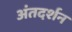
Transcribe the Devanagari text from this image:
अंतदर्शन